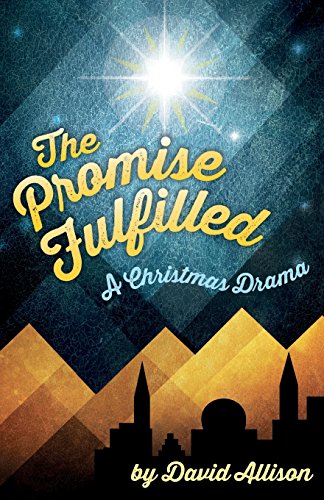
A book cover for The Promise Fulfilled: A Christmas Drama; David M. Allison; Literature & Fiction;